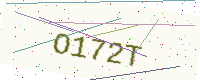
Text: O172T